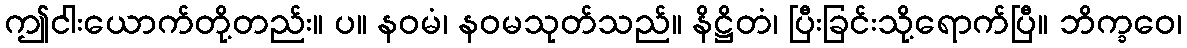
ဤငါးယောက်တို့တည်း။ ပ။ နဝမံ၊ နဝမသုတ်သည်။ နိဋ္ဌိတံ၊ ပြီးခြင်းသို့ရောက်ပြီ။ ဘိက္ခဝေ၊